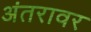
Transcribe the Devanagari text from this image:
अंतरावर